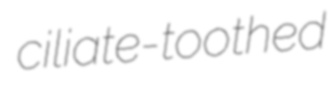
ciliate-toothed